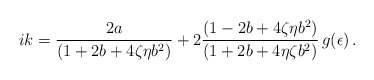
\begin{align*}ik=\frac{2a}{(1+2b+4\zeta\eta b^2)}+2\frac{(1-2b+4\zeta\eta b^2)}{(1+2b+4\eta\zeta b^2)}\, g(\epsilon)\,.\end{align*}